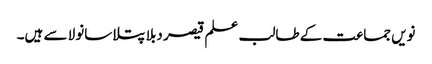
نویں جماعت کے طالب علم قیصر دبلا پتلا سانولا سے ہیں۔